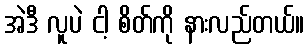
အဲဒီ လူပဲ ငါ့ စိတ်ကို နားလည်တယ်။